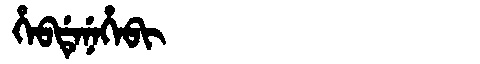
Manchu: ᡥᡝᠪᡩᡝᠨᡝᡥᡝᠪᡳ
Romanization: HEBDENEHEBI